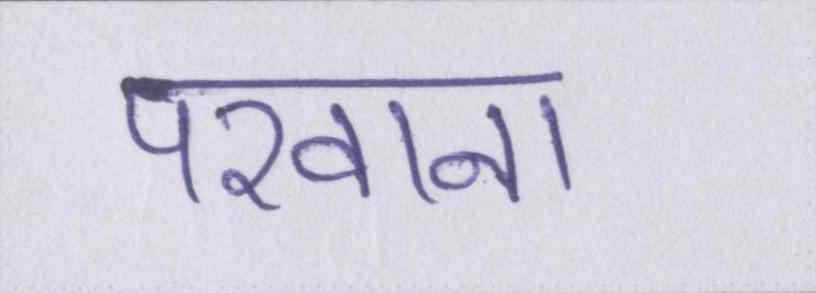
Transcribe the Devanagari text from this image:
परवाना